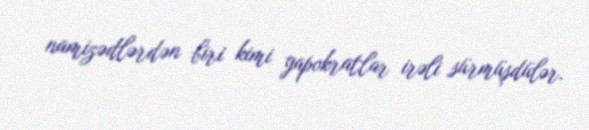
namizədlərdən biri kimi yapokratlar irəli sürmüşdülər.